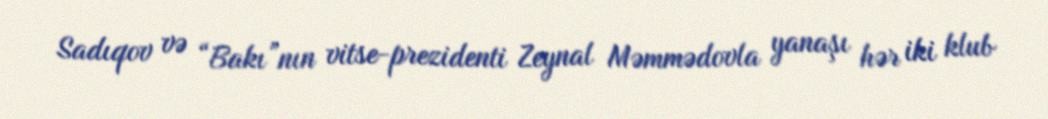
Sadıqov və “Bakı”nın vitse-prezidenti Zeynal Məmmədovla yanaşı hər iki klub